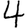
Digit: 4